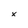
Character: x